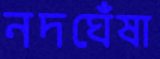
নদঘেঁষা